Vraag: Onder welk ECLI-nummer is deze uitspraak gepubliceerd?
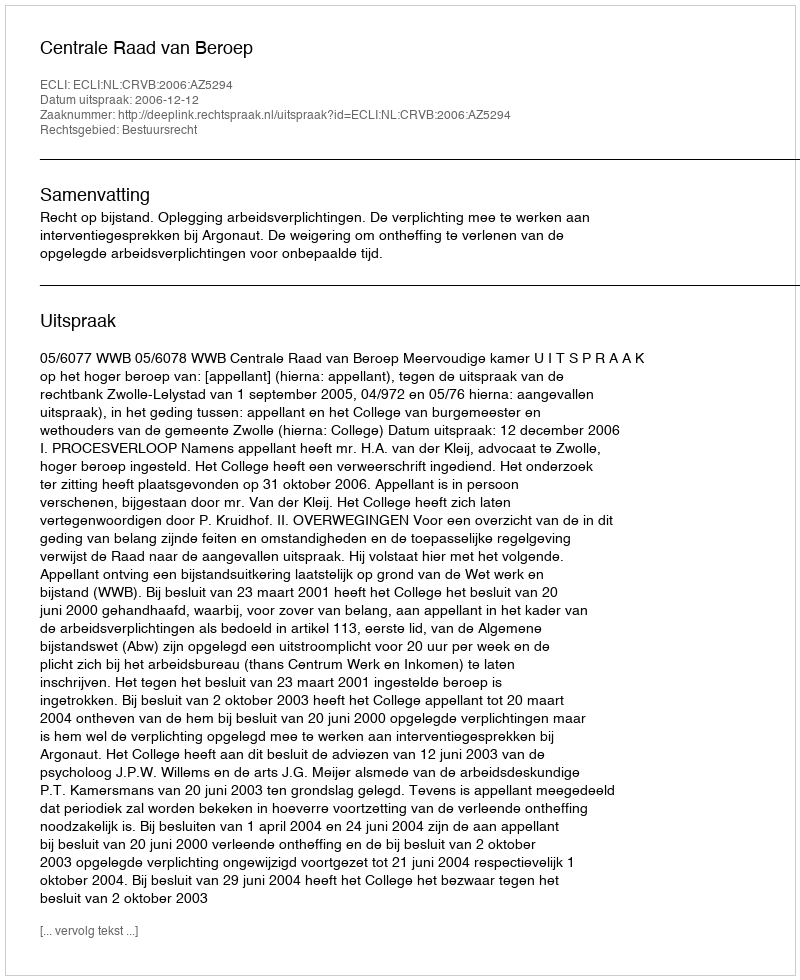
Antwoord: ECLI:NL:CRVB:2006:AZ5294